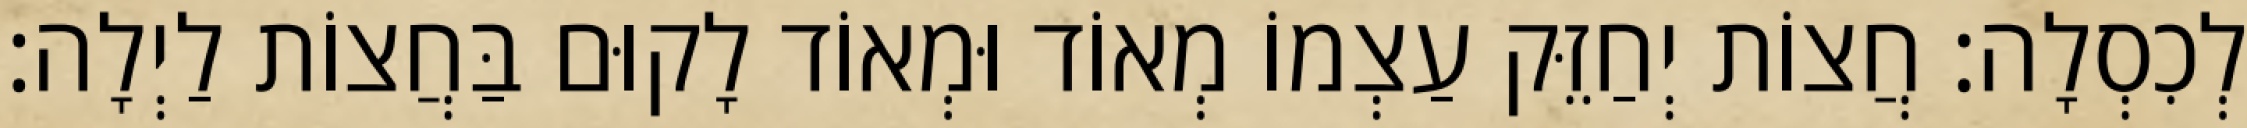
לְכִסְלָה: חֲצוֹת יְחַזֵּק עַצְמוֹ מְאוֹד וּמְאוֹד לָקוּם בַּחֲצוֹת לַיְלָה: